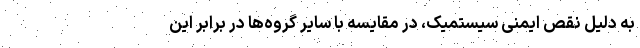
به دلیل نقص ایمنی سیستمیک، در مقایسه با سایر گروه‌ها در برابر این